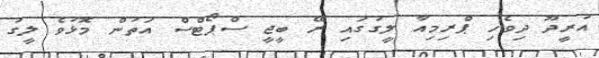
އުރީދޫ ދިވެހި ޕްރިމިއާ ލީގުގައި ރޭ ބީޖީ ސްޕޯޓްސް އަތުން މޮޅުވެ ލީގު